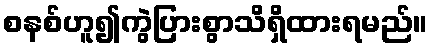
စနစ်ဟူ၍ကွဲပြားစွာသိရှိထားရမည်။